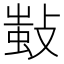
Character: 𢾫